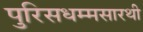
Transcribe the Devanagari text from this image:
पुरिसधम्मसारथी